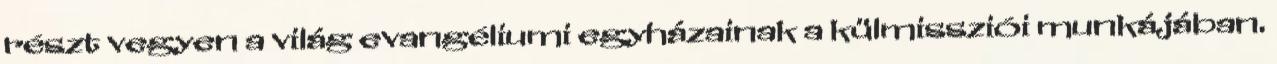
részt vegyen a világ evangéliumi egyházainak a külmissziói munkájában.